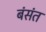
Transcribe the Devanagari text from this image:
बंसंत